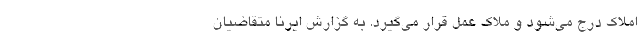
املاک درج می‌شود و ملاک عمل قرار می‌گیرد. به گزارش ایرنا متقاضیان